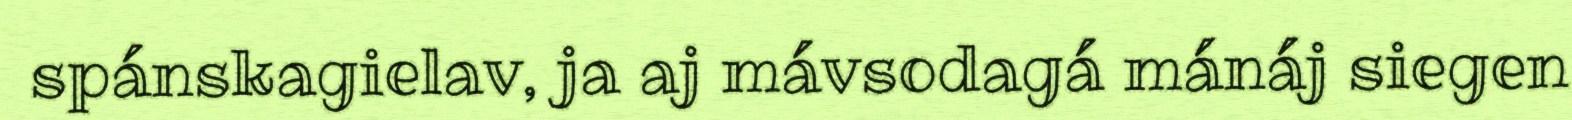
spánskagielav, ja aj mávsodagá mánáj siegen